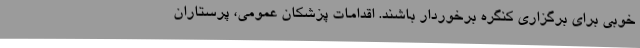
خوبی برای برگزاری کنگره برخوردار باشند. اقدامات پزشکان عمومی، پرستاران